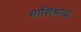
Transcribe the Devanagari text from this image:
मासिश्राद्ध